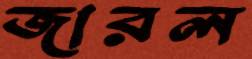
জারল